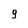
Character: 9